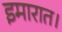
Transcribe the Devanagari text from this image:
इमारात।